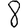
Digit: 8